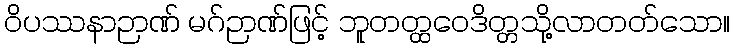
ဝိပဿနာဉာဏ် မဂ်ဉာဏ်ဖြင့် ဘူတတ္ထဝေဒိတ္တသို့လာတတ်သော။